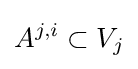
A^{j,i}\subset V_{j}